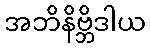
အဘိနိဗ္ဘိဒါယ